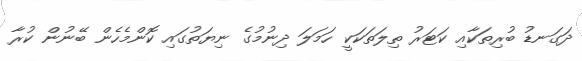
ދަގަނޑު ބުރިތަކާއި ކަޓަރު ތިލަތަކަކީ ހަމަލަ ދިނުމުގެ ނިޔަތުގައި ކޮންމެހެން ބޭނުން ކުރާ